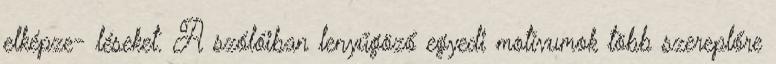
elképze- léseket. A szólóiban lenyűgöző egyedi motívumok több szereplőre